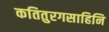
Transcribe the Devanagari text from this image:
कतितुरगसाहिनि